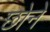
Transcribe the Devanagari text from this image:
छोने